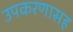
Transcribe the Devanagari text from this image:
उपकरणासह